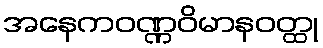
အနေကဝဏ္ဏဝိမာနဝတ္ထု